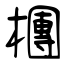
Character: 檲